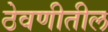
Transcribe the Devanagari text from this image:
ठेवणीतील